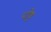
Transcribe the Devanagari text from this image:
पोष्ट